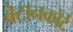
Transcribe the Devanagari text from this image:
बेटानकोर्ट